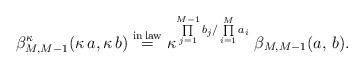
LaTeX: \begin{align*}\beta^{\kappa}_{M, M-1}(\kappa\,a, \kappa\,b) \overset{{\rm in \,law}}{=}\kappa^{\prod\limits_{j=1}^{M-1} b_j/\prod\limits_{i=1}^M a_i} \;\beta_{M, M-1}(a,\,b).\end{align*}